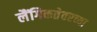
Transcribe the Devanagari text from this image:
लैंगिकतेवरच्या